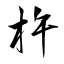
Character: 杵